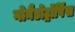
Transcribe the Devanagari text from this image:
गोनैडोट्रॉपिंस